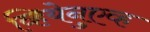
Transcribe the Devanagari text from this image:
व्हियेनुएव्ह